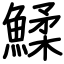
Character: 鰇